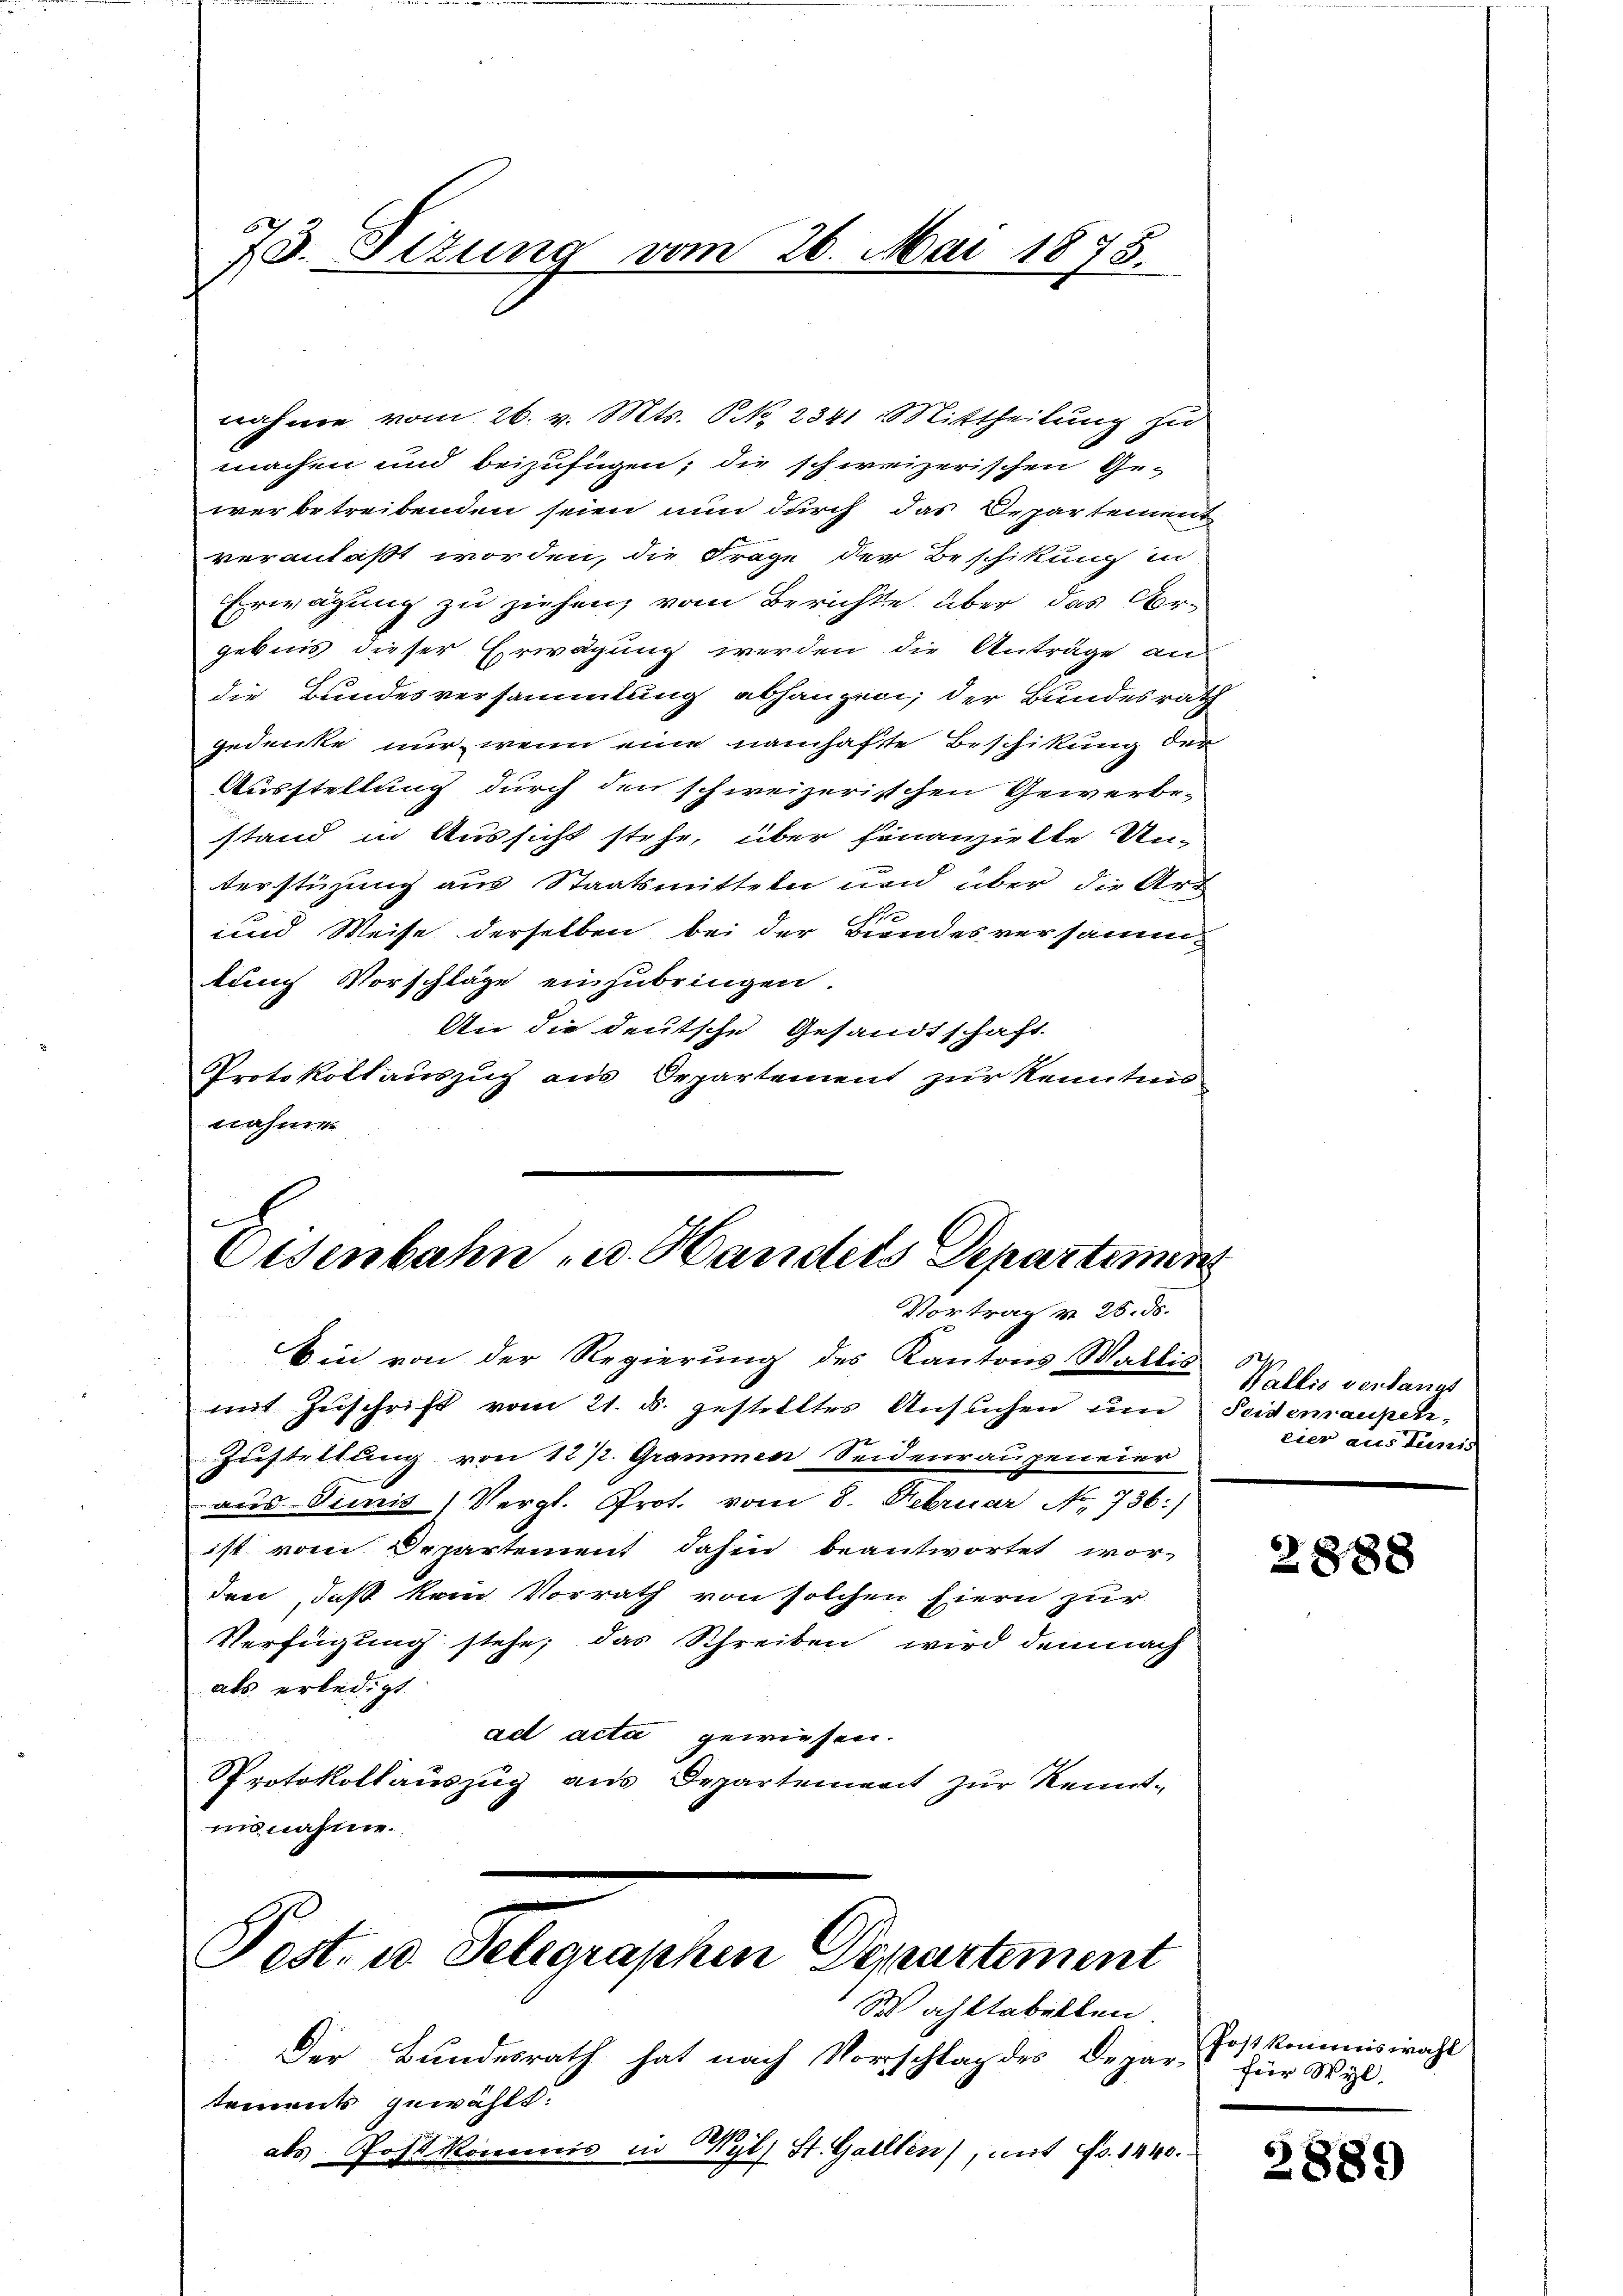
73. Situng vom 26. Mai 1875.

Osenbahn u. Handels Departemen
Vortrag v. 25. ds.

nahme vom 26. v. Mts. NNo. 2341. Mittheilung zu
machen und beizufügen; die schweizerischen Ge-
werbetreibenden seien nun durch das Departement
veranlaßt worden, die Frage der Beschikung in
Erwägung zu ziehen, vom Berichte über das Argebnis dieser Erwägung werden die Anträge an
die Bundesversammlung abhangen, der Bundesrath
gedenke nur wenn eine namhafte Beschikung der
Ausstellung durch den schweizerischen Gewerbestand in Aussicht stehe, über finanzielte Un-
terstüzung aus Staatsmitteln und über die Art
Se
und Weise derselben bei der Biendesversammtung Vorschläge einzubringen.
An die deutsche Gesandtschaft.
Protokollauszug aus Departement zur Kenntnis
nahme
e

Biii von der Regierung des Kantons Wallis
mit Zuschrift vom 21. d. gestelltes Ansuchen un
Zuefteltung von 12 /2. Grammen Seidenraugeneier
aus Junis) Vergl. Prot. vom 8. Februar No. 736.)
ist vom Departement dahin beantwortet wor-
den, daß kein Vorrath von solchen Eiern zur
Verfügung stehe, das Schreiben wird demnach
als erledigt.
ad acta gewiesen.
Protokollauszug aus Departement zur Kennt-
innahme.

Post. u. Telegraphen Departement

Wahltabellen.
Der Bundesrath hat nach Vorschlag des Depar- für Wyl.
tements gewählt:
als Post kommis in Pepp-
 gl. St. Gallten), mit Fr. 1440.

.
Wallis vorfangs
Seidemaupen
eier aus Junis

2888

Post kommiswahl

2889